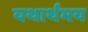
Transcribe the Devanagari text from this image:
यथार्थमय